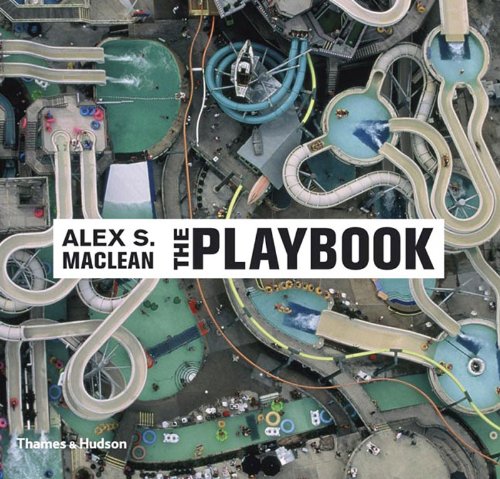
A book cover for The Playbook; Alex S. MacLean; Arts & Photography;